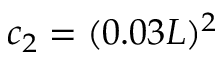
c _ { 2 } = ( 0 . 0 3 L ) ^ { 2 }